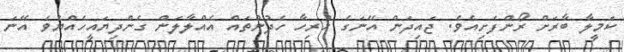
ކަމީލާ ބާރަށް ރޯންފެށިއެވެ. ޖައިދަން އޭނަގެ ހުރިހާ ހެދުންތައް އެއްލާލަން ގެންދިޔައީހެއްޔެވެ އޭނަ